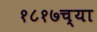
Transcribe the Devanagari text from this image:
१८१७च्या